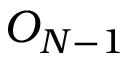
O _ { N - 1 }